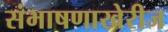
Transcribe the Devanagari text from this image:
संभाषणाखेरीज